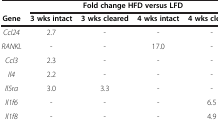
<table><thead><tr><td>[EMPTY_CELL]</td><td colspan="4"><b>Fold change HFD versus LFD</b></td></tr><tr><td><b>Gene</b></td><td><b>3 wks intact</b></td><td><b>3 wks cleared</b></td><td><b>4 wks intact</b></td><td><b>4 wks cleared</b></td></tr></thead><tbody><tr><td><i>Ccl24</i></td><td>2.7</td><td>-</td><td>-</td><td>-</td></tr><tr><td><i>RANKL</i></td><td>-</td><td>-</td><td>17.0</td><td>-</td></tr><tr><td><i>Ccl3</i></td><td>2.3</td><td>-</td><td>-</td><td>-</td></tr><tr><td><i>Il4</i></td><td>2.2</td><td>-</td><td>-</td><td>-</td></tr><tr><td><i>Il5ra</i></td><td>3.0</td><td>3.3</td><td>-</td><td>-</td></tr><tr><td><i>Il1f6</i></td><td>-</td><td>-</td><td>-</td><td>6.5</td></tr><tr><td><i>Il1f8</i></td><td>-</td><td>-</td><td>-</td><td>4.9</td></tr></tbody></table>